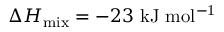
\Delta H _ { \mathrm { m i x } } = - 2 3 \mathrm { \ k J \ m o l ^ { - 1 } }